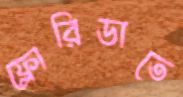
ফ্লোরিডাতে